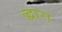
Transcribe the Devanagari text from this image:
द्धारा